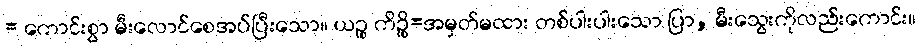
= ကောင်းစွာ မီးလောင်စေအပ်ပြီးသော။ ယဉ္စ ကိဉ္စိ=အမှတ်မထား တစ်ပါးပါးသော ပြာ, မီးသွေးကိုလည်းကောင်း။